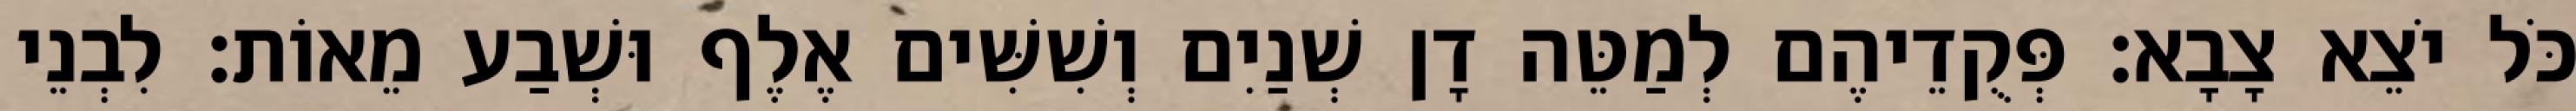
כֹּל יֹצֵא צָבָא׃ פְּקֻדֵיהֶם לְמַטֵּה דָן שְׁנַיִם וְשִׁשִּׁים אֶלֶף וּשְׁבַע מֵאוֹת׃ לִבְנֵי